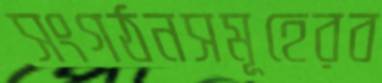
সংগঠনসমূহেরব